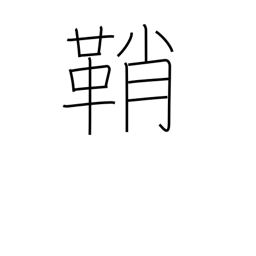
Meaning: case